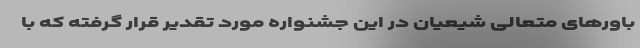
باورهای متعالی شیعیان در این جشنواره مورد تقدیر قرار گرفته که با